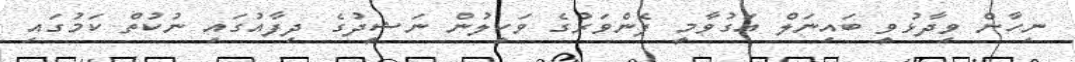
ނިހާން ވިދާޅުވީ ބައިނަލް އަގުވާމީ ފެންވަރުގެ ވަކީލުން ނަޝީދުގެ ދިފާއުގައި ނުކުތް ކަމުގައި